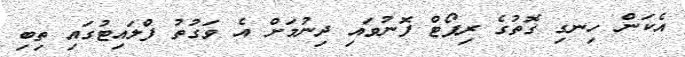
އެކަން ހިނގި ގޮތުގެ ރިޕޯޓް ފޮނުވައި ދިނުމަށް އެ ވަގުތު ފްލައިޓުގައި ތިބި